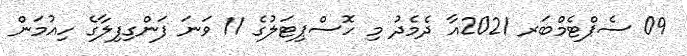
09 ސެޕްޓެމްބަރ 2021އާ ދެމެދު މި ހޮސްޕިޓަލުގެ 11 ވަނަ ފަންގިފިލާގެ ހިއުމަން